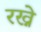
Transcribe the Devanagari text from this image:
रख्ने